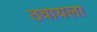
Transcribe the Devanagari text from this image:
ठवायला